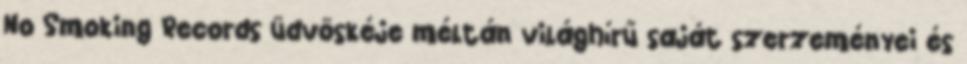
No Smoking Records üdvöskéje méltán világhírű saját szerzeményei és